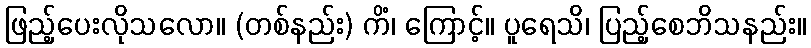
ဖြည့်ပေးလိုသလော။ (တစ်နည်း) ကိံ၊ ကြောင့်။ ပူရေသိ၊ ပြည့်စေဘိသနည်း။